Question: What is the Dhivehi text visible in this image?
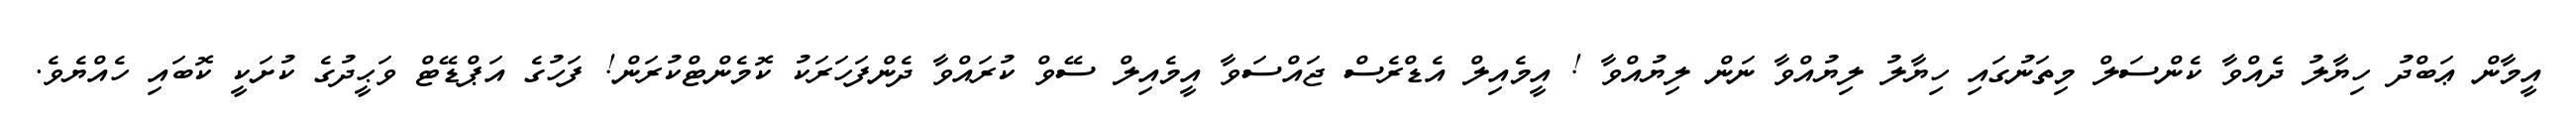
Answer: އީމާން ޢަބްދު ހިޔާލު ދެއްވާ ކެންސަލް މިތަނުގައި ހިޔާލު ލިޔުއްވާ ނަން ލިޔުއްވާ ! އީމެއިލް އެޑްރެސް ޖައްސަވާ އީމެއިލް ސޭވް ކުރައްވާ ދެންފަހަރަކު ކޮމެންޓްކުރަން! ފަހުގެ އަޕްޑޭޓް ވަޙީދުގެ ކުށަކީ ކޮބައި ހެއްޔެވެ.